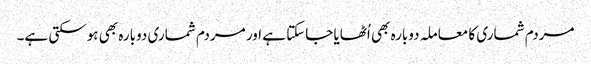
مردم شماری کا معاملہ دوبارہ بھی اُٹھایا جاسکتا ہے اور مردم شماری دوبارہ بھی ہوسکتی ہے۔